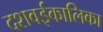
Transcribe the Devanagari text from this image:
दशवईकालिका